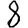
Digit: 8